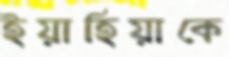
ইয়াহিয়াকে